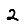
Digit: 2